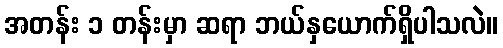
အတန်း ၁ တန်းမှာ ဆရာ ဘယ်နှယောက်ရှိပါသလဲ။